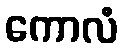
ကောလံ